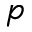
p